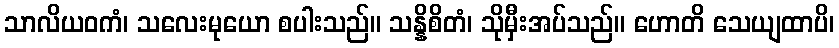
သာလိယဝကံ၊ သလေးမုယော စပါးသည်။ သန္နိစိတံ၊ သိုမှီးအပ်သည်။ ဟောတိ သေယျထာပိ၊